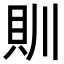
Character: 𮙰